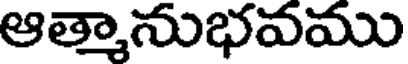
ఆత్మానుభవము